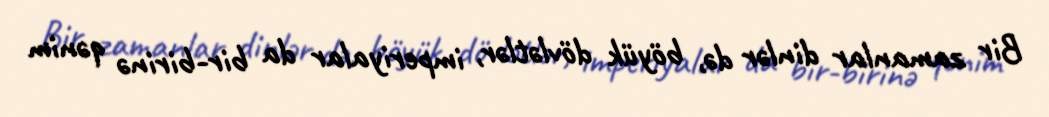
Bir zamanlar dinlər də, böyük dövlətlər, imperiyalar da bir-birinə qənim